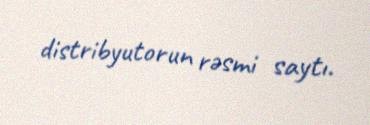
distribyutorun rəsmi saytı.